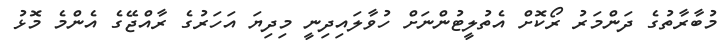
މުބާރާތުގެ ދަންމަރު ރޯކޮށް އެތުލީޓުންނަށް ހުވާލައިދިނީ މިދިޔަ އަހަރުގެ ރާއްޖޭގެ އެންމެ މޮޅު